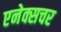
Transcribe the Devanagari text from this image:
एनेक्सचर